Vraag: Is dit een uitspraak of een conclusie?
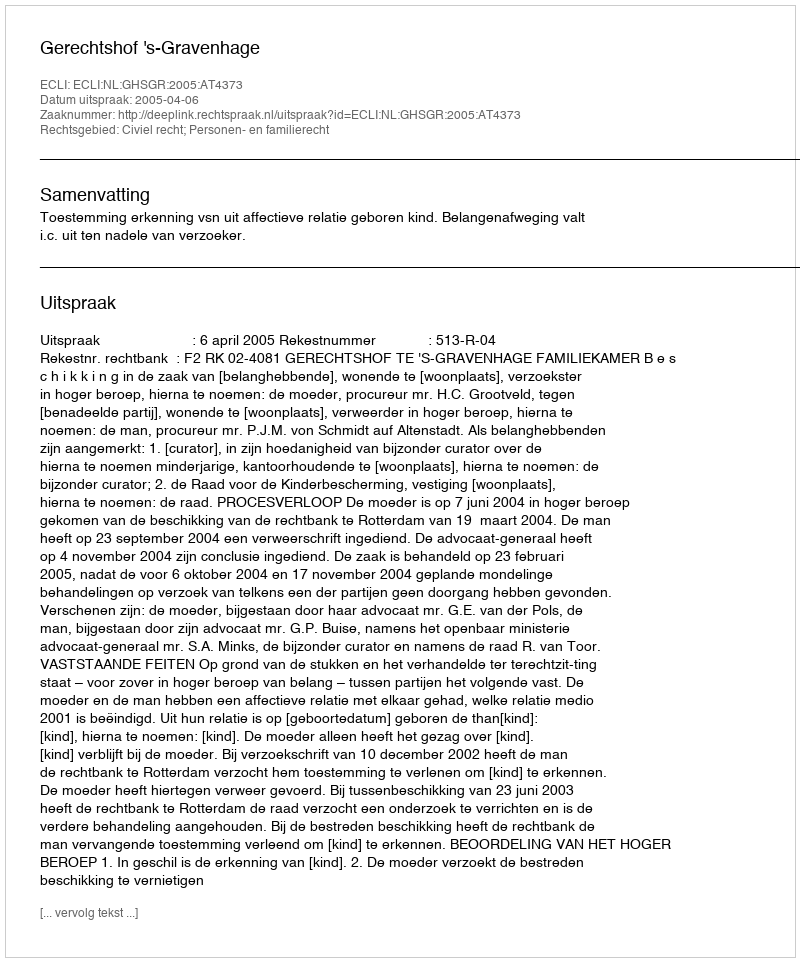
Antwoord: Uitspraak